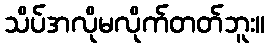
သိပ်အလိုမလိုက်တတ်ဘူး။